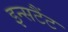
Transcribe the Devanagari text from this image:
इन्सटैंट